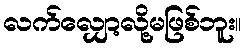
လက်လျှော့လို့မဖြစ်ဘူး။